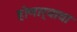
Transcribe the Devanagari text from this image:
होणार्‍याया